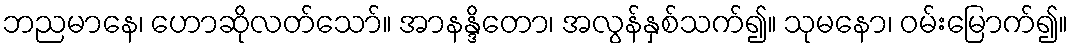
ဘညမာနေ၊ ဟောဆိုလတ်သော်။ အာနန္ဒိတော၊ အလွန်နှစ်သက်၍။ သုမနော၊ ဝမ်းမြောက်၍။